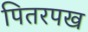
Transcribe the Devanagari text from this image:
पितरपख